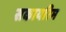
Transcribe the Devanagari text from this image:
सकायरिम